Lunatic asylums United Prov. 1922-30 - 1922-1930
Year: 1922
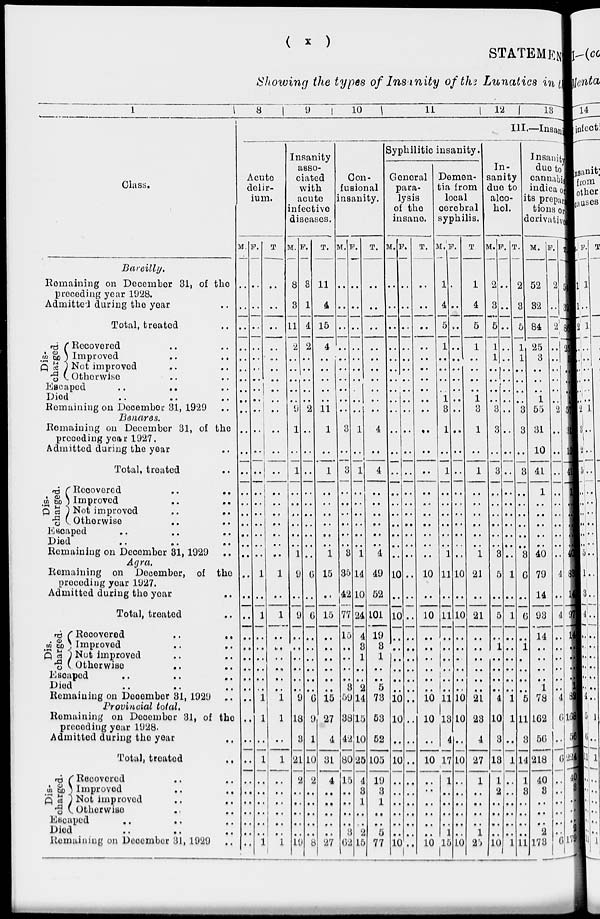
(
x
)
STATEMENT
Showing the types of Insanity of the Lunatics in the
1
Class.
Bareilly.
Remaining on December 31, of the
preceding year 1928.
Admittel during the year ..
Total treated ..
Dis-
charged.
Recovered .. ..
Improved .. ..
Not improved .. ..
Otherwise .. ..
Escaped .. .. ..
Died .. .. ..
Remaining on December 31, 1929 ..
Benares.
Remaining on December 31, of the
preceding year 1927.
Admitted during the year
Total, treated
Dis-
charged.
Recovered
..
..
Improved
..
..
Not improved .. ..
Otherwise .. ..
Escaped .. .. ..
Died .. .. ..
Remaining on December 31, 1929
Agra,
Remaining on December, of the
preceding year 1927.
Admitted during the year ..
Total, treated ..
Dis-
charged.
Recovered
..
..
Improved .. ..
Not improved .. ..
Otherwise .. ..
Escaped .. .. ..
Died .. .. ..
Remaining on December 31, 1929 ..
Provincial
total.
Remaining on December 31, of the
preceding year 1928.
Admitted during the year ..
Total, treated ..
Dis-
charged.
Recovered .. ..
Improved .. ..
Not improved .. ..
Otherwise .. .. ..
Escaped .. .. ..
Died .. .. ..
Remaining on December 31, 1929 ..
8
9
10
11
12
13
III.—Insanity
Acute
delir-
ium.
M.
..
..
..
..
..
..
..
..
..
..
..
..
..
..
..
..
..
..
..
..
..
..
..
..
..
..
..
..
..
..
..
..
..
..
..
..
..
..
..
..
F.
..
..
..
..
..
..
..
..
..
..
..
..
..
..
..
..
..
..
..
..
1
..
1
..
..
..
..
..
..
1
1
..
1
..
..
..
..
..
..
1
T
..
..
..
..
..
..
..
..
..
..
..
..
..
..
..
..
..
..
..
..
1
..
1
..
..
..
..
..
..
1
1
..
1
..
..
..
..
..
..
1
Insanity
asso-
ciated
with
acute
infective
diseases.
M.
8
3
11
2
..
..
..
..
..
9
1
..
1
..
..
..
..
..
..
1
9
..
9
..
..
..
..
..
..
9
18
3
21
2
..
..
..
..
..
19
F.
3
1
4
2
..
..
..
..
..
2
..
..
..
..
..
..
..
..
..
..
6
..
6
..
..
..
..
..
..
6
9
1
10
2
..
..
..
..
..
8
T.
11
4
15
4
..
..
..
..
..
11
1
..
1
..
..
..
..
..
..
1
15
..
15
..
..
..
..
..
..
15
27
4
31
4
..
..
..
..
..
27
Con-
fusional
insanity.
M.
..
..
..
..
..
..
..
..
..
..
3
..
3
..
..
..
..
..
..
3
35
42
77
15
..
..
..
..
3
59
38
42
80
15
..
..
..
..
3
62
F.
..
..
..
..
..
..
..
..
..
..
1
..
l
..
..
..
..
..
..
1
14
10
24
4
3
1
..
..
2
14
15
10
25
4
3
1
..
..
2
15
T.
..
..
..
..
..
..
..
..
..
..
4
..
4
..
..
..
..
..
..
4
49
52
101
19
3
1
..
..
5
73
53
52
105
19
3
1
..
..
5
77
Syphilitic insanity.
General
para-
lysis
of the
insane.
M.
..
..
..
..
..
..
..
..
..
..
..
..
..
..
..
..
..
..
..
..
10
..
10
..
..
..
..
..
..
10
10
..
10
..
..
..
..
..
..
10
F.
..
..
..
..
..
..
..
..
..
..
..
..
..
..
..
..
..
..
..
..
..
..
..
..
..
..
..
..
..
..
..
..
..
..
..
..
..
..
..
..
T.
..
..
..
..
..
..
..
..
..
..
..
..
..
..
..
..
..
..
..
..
10
..
10
..
..
..
..
..
..
10
10
..
10
..
..
..
..
..
..
10
Demen-
tia from
local
cerebral
syphilis.
M.
1
4
5
1
..
..
..
..
1
3
1
..
1
..
..
..
..
..
..
1
11
..
11
..
..
..
..
..
..
11
13
4
17
1
..
..
..
..
1
15
F.
..
..
..
..
..
..
..
..
..
..
..
..
..
..
..
..
..
..
..
..
10
..
10
..
..
..
..
..
..
10
10
..
10
..
..
..
..
..
..
10
T.
1
4
5
1
..
..
..
..
1
3
1
..
1
..
..
..
..
..
..
1
21
..
21
..
..
..
..
..
..
21
23
4
27
1
..
..
..
..
1
25
In-
sanity
due to
alco-
hol.
M.
2
3
5
1
1
..
..
..
..
3
3
..
3
..
..
..
..
..
..
3
5
..
5
..
1
..
..
..
..
4
10
3
13
1
2
..
..
..
..
10
F.
..
..
..
..
..
..
..
..
..
..
..
..
..
..
..
..
..
..
..
..
1
..
1
..
..
..
..
..
..
1
1
..
1
..
..
..
..
..
..
1
T.
2
3
5
1
1
..
..
..
..
3
3
..
3
..
..
..
..
..
..
3
6
..
6
..
1
..
..
..
..
5
11
3
14
1
3
..
..
..
..
11
Insanity
due to
cannabis
indica or
its prepara-
tions or
derivatives.
M.
52
32
84
25
3
..
..
..
1
55
31
10
41
1
..
..
..
..
..
40
79
14
93
14
..
..
..
..
1
78
162
56
218
40
3
..
..
..
2
173
F.
2
..
2
..
..
..
..
..
..
2
..
..
..
..
..
..
..
..
..
..
4
..
4
..
..
..
..
..
..
4
6
..
6
..
..
..
..
..
..
6
T.
54
32
86
25
3
..
..
..
1
57
31
10
41
1
..
..
..
..
..
40
83
14
97
14
..
..
..
..
1
82
168
56
224
40
3
..
..
..
2
179